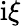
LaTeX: \mathrm i\xi